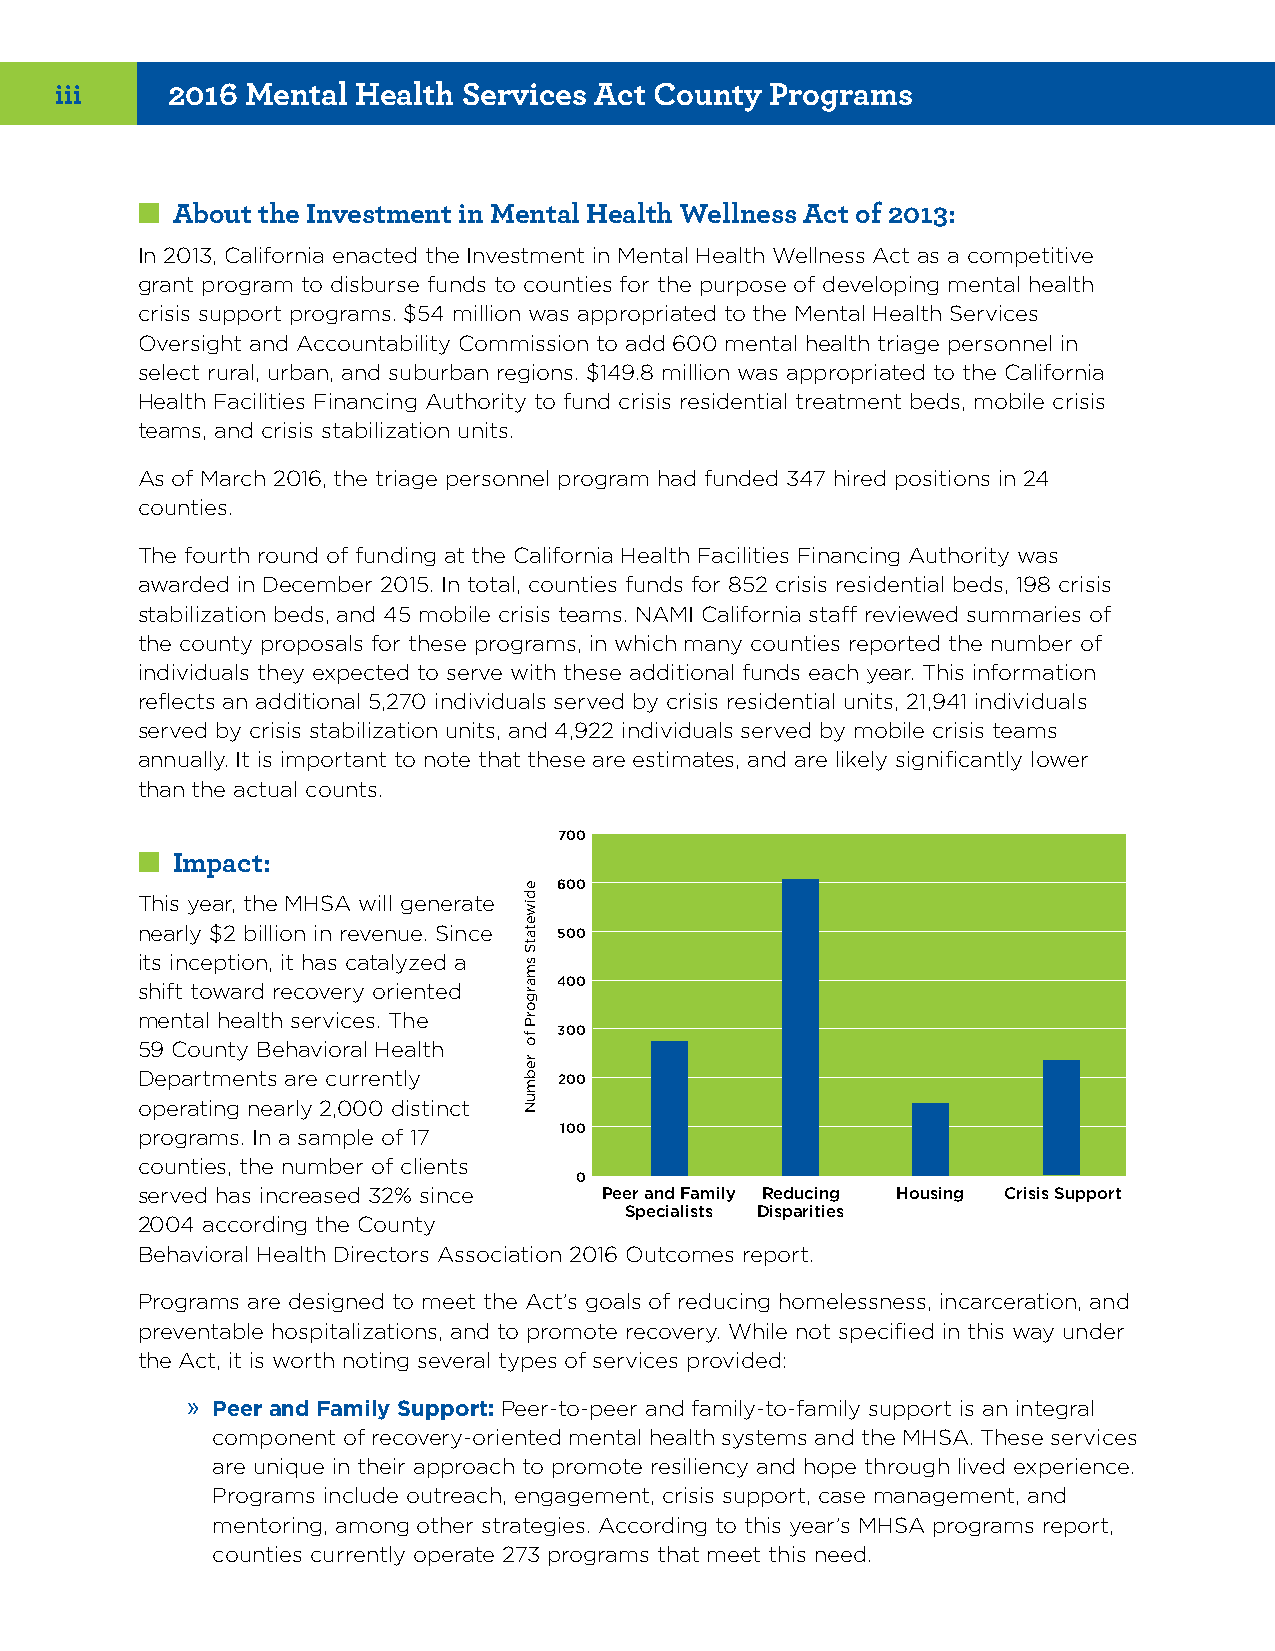
iii    2016 Mental  Health Services Act County Programs
 ■■About the Investment in Mental Health Wellness Act of 2013:
 In 2013, California enacted the Investment in Mental Health Wellness Act as a competitive
 grant program to disburse funds to counties for the purpose of developing mental health
 crisis support programs. $54 million was appropriated to the Mental Health Services
 Oversight and Accountability Commission to add 600 mental health triage personnel in
 select rural, urban, and suburban regions. $149.8 million was appropriated to the California
 Health Facilities Financing Authority to fund crisis residential treatment beds, mobile crisis
 teams, and crisis stabilization units.
 As of March 2016, the triage personnel program had funded 347 hired positions in 24
 counties.
 The fourth round of funding at the California Health Facilities Financing Authority was
 awarded in December 2015. In total, counties funds for 852 crisis residential beds, 198 crisis
 stabilization beds, and 45 mobile crisis teams. NAMI California staff reviewed summaries of
 the county proposals for these programs, in which many counties reported the number of
 individuals they expected to serve with these additional funds each year. This information
 reflects an additional 5,270 individuals served by crisis residential units, 21,941 individuals
 served by crisis stabilization units, and 4,922 individuals served by mobile crisis teams
 annually. It is important to note that these are estimates, and are likely significantly lower
 than the actual counts.
 700
 ■■Impact:
 600
 This year, the MHSA will generate
 nearly $2 billion in revenue. Since 500
 its inception, it has catalyzed a
 shift toward recovery oriented 400
 mental health services. The
 300
 59 County Behavioral Health
 Departments are currently   200
 operating nearly 2,000 distinct
 programs. In a sample of 17 100
 counties, the number of clients
 0
 served has increased 32% since Peer and Family Reducing Housing Crisis Support
 Specialists Disparities
 2004 according the County
 Behavioral Health Directors Association 2016 Outcomes report.
 Programs are designed to meet the Act’s goals of reducing homelessness, incarceration, and
 preventable hospitalizations, and to promote recovery. While not specified in this way under
 the Act, it is worth noting several types of services provided:
 » Peer and Family Support: Peer-to-peer and family-to-family support is an integral
 component of recovery-oriented mental health systems and the MHSA. These services
 are unique in their approach to promote resiliency and hope through lived experience.
 Programs include outreach, engagement, crisis support, case management, and
 mentoring, among other strategies. According to this year’s MHSA programs report,
 counties currently operate 273 programs that meet this need.
 ediwetatS
 smargorP
 fo
 rebmuN